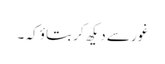
غور سے دیکھ کر بتاؤ کہ ۔